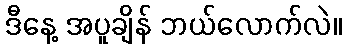
ဒီနေ့ အပူချိန် ဘယ်လောက်လဲ။